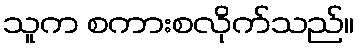
သူက စကားစလိုက်သည်။